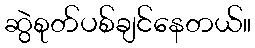
ဆွဲစုတ်ပစ်ချင်နေတယ်။